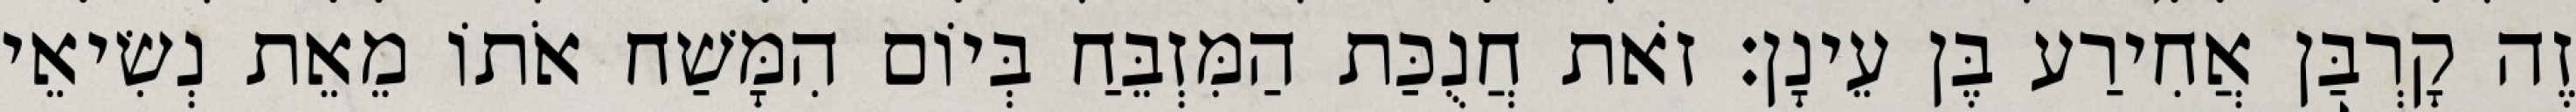
זֶה קָרְבַּן אֲחִירַע בֶּן עֵינָן׃ זֹאת חֲנֻכַּת הַמִּזְבֵּחַ בְּיוֹם הִמָּשַׁח אֹתוֹ מֵאֵת נְשִׂיאֵי